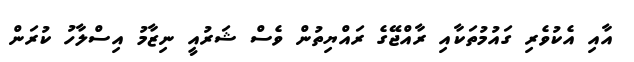
އާއި އެކުވެރި ގައުމުތަކާއި ރާއްޖޭގެ ރައްޔިތުން ވެސް ޝަރުއީ ނިޒާމު އިސްލާހު ކުރަން